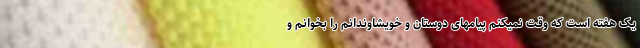
یک هفته است که وقت نمیکنم پیامهای دوستان و خویشاوندانم را بخوانم و